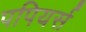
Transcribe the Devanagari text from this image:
पपियर्स